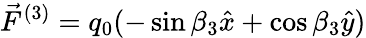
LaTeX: \vec{F}^{(3)}=q_{0}(-\sin\beta_{3}\hat{x}+\cos\beta_{3}\hat{y})